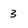
Character: 3